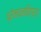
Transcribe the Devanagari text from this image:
प्रेमघनविग्रह